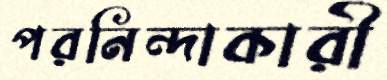
পরনিন্দাকারী